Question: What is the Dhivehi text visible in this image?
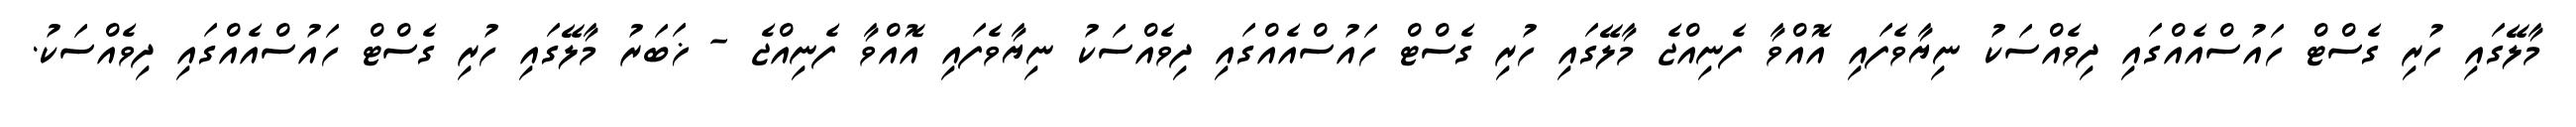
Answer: މާލޭގައި ހުރި ގެސްޓް ހައުސްއެއްގައި ދިވެއްސަކު ނިޔާވެފައި އޮއްވާ ފެނިއްޖެ މާލޭގައި ހުރި ގެސްޓް ހައުސްއެއްގައި ދިވެއްސަކު ނިޔާވެފައި އޮއްވާ ފެނިއްޖެ - ޚަބަރު މާލޭގައި ހުރި ގެސްޓް ހައުސްއެއްގައި ދިވެއްސަކު.